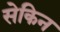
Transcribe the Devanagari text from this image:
सेकिन